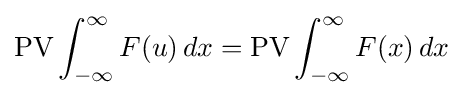
\operatorname {PV} \int _{-\infty }^{\infty }F(u)\,dx=\operatorname {PV} \int _{-\infty }^{\infty }F(x)\,dx